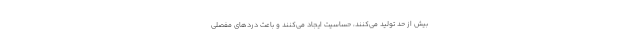
بیش از حد تولید می‌کنند، حساسیت ایجاد می‌کنند و باعث دردهای مفصلی